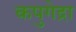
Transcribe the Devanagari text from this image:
कपुगेद्रा